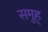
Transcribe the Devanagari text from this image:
समुह्